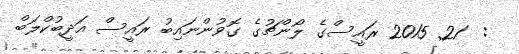
:  21